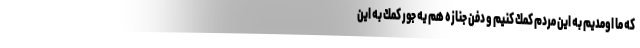
كه ما اومديم به اين مردم كمك كنيم و دفن جنازه هم يه جور كمك به اين